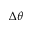
\Delta \theta